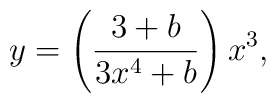
y =\left(\frac{3+b}{3x^4+b}\right)x^3,